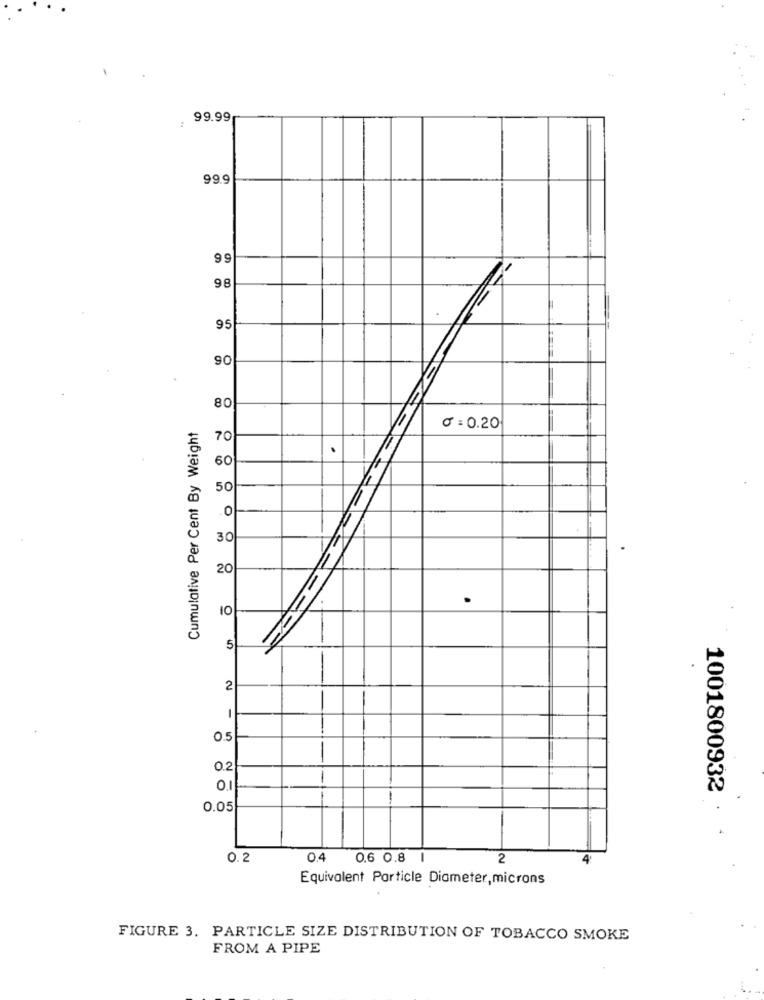
99.99
99.9
95
90
80
Cumulative Per Cent By Weight
0 :0.20
70
.
60
50
.0
30
20
.
.
10
5
2
-
1
0.5
0.2
-
1001800932
0.05
0.2
0.4 0.6 0.8
2
Equivalent Particle Diameter, microns
FIGURE 3. PARTICLE SIZE DISTRIBUTION OF TOBACCO SMOKE
FROM A PIPE